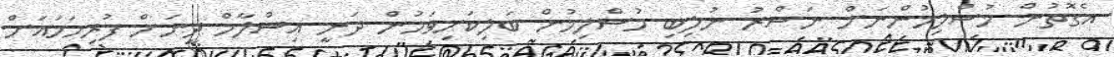
އެގޮތުން މުސްލިމުންނަށް ނަސްރު ނުލިބި މުސްލިމުން ބަލިކަށިވަމުން ދަނީ އިސްލާމް ދީނަށް ފުރިހަމައަށް